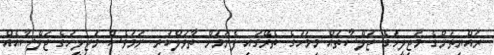
ރައްޔިތުންގެ މަޖިލީހުގެ ޖަލްސާތައް މިމަހުގެ ތެރޭގައި ފެށުމަށް ތާވަލްކުރި ނަމަވެސް މަޖިލީހުގެ ޖަލްސާއެއް